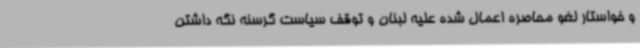
و خواستار لغو محاصره اعمال شده علیه لبنان و توقف سیاست گرسنه نگه داشتن